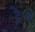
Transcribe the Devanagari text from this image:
ट्रैप्ड